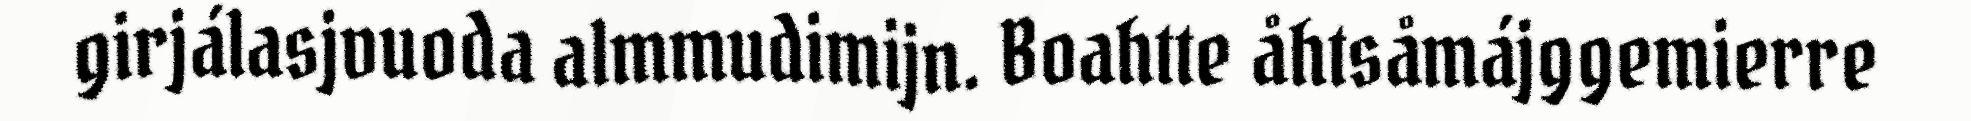
girjálasjvuoda almmudimijn. Boahtte åhtsåmájggemierre